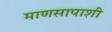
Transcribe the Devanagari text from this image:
माणसापाशी